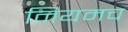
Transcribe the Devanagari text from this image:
नियमच